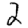
Digit: 2